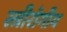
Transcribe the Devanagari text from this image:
स्त्रीरोगीय